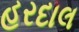
હરદાલ